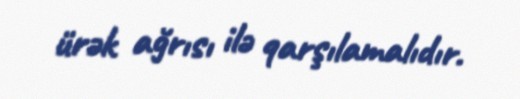
ürək ağrısı ilə qarşılamalıdır.